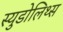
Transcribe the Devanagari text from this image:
स्युडोलिथ्स